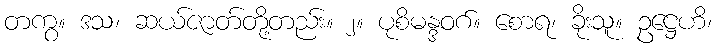
တကွ။ ဒသ၊ ဆယ်ဇာတ်တို့တည်း။ ၂။ ပုစိမန္ဒဝဂ်။ စောရ၊ ခိုးသူ။ ဥဋ္ဌေဟိ၊